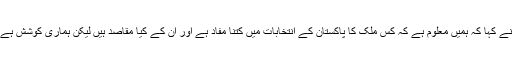
پریس بریفنگ کے دوران انہوں نے کہا کہ ہمیں معلوم ہے کہ کس ملک کا پاکستان کے انتخابات میں کتنا مفاد ہے اور ان کے کیا مقاصد ہیں لیکن ہماری کوشش ہے کہ انتخابات صاف و شفاف ہوں۔